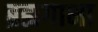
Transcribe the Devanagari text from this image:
ब्रह्यगाभा